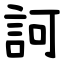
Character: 訶